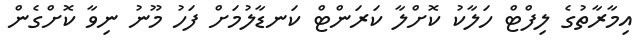
އިމާރާތުގެ ލިފްޓް ހަލާކު ކޮށްލާ ކަރަންޓް ކަނޑާލުމަށް ފަހު މޫނު ނިވާ ކޮށްގެން